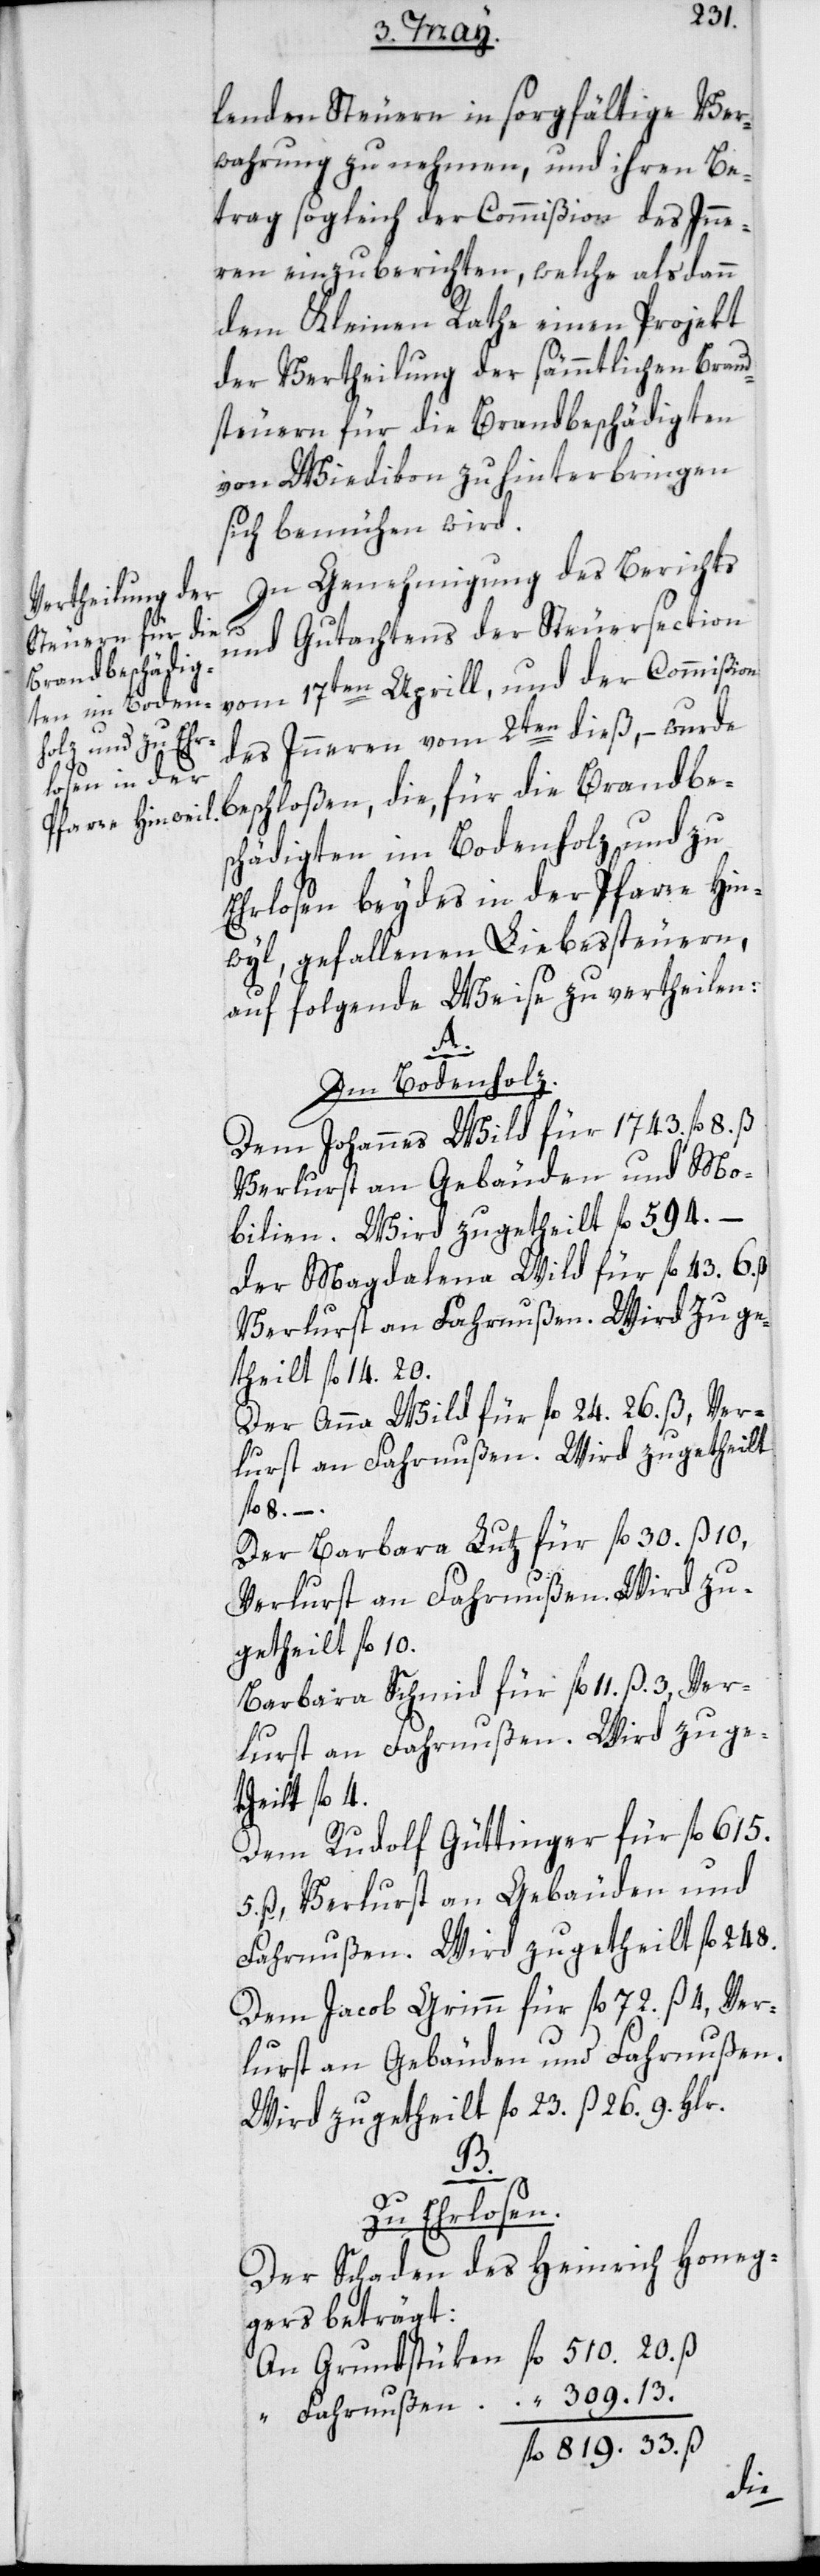
lenden Steuern in sorgfältige Ver¬
wahrung zu nehmen, und ihren Be¬
trag sogleich der Commißion des Inne¬
rn einzuberichten, welche alsdann
dem Kleinen Rathe einen Projekt
der Vertheilung der sämmtlichen Brand¬
steuern für die Brandbeschädigten
von Wiedikon zu hinterbringen
sich bemühen wird.
In Genehmigung des Berichts
fl.
und Gutachtens der Steuersection
vom 17ten Aprill, und der Commißion
des Innern vom 2ten dieß, – wurde
beschloßen, die für die Brandbe¬
schädigten im Bodenholz und zu
Ehrlosen beydes in der Pfarre Hin¬
wyl, gefallenen Liebessteuern,
auf folgende Weise zu vertheilen:
309.
Im Bodenholz.
Dem Johannes Wild für 1743. fl. 8.
Verlurst an Gebäuden und Fa¬
bilien. Wird zugetheilt fl. 594. –
der Magdalena Wild für fl. 43. 6.
Verlurst an Fahrnußen. Wird zuge¬
theilt fl. 14. 20.
Der Anna Wild für fl. 24 26. ß, Ver¬
lurst an Fahrnußen. Wird zugetheilt
fl. 8. –.
Der Barbara Lutz für fl. 30 fl. ß 10,
Verlurst an Fahrnußen. Wird zu¬
getheilt fl. 10.
Barbara Schmid für fl 11. ß. 3, Ver¬
lurst an Fahrnußen. Wird zuge¬
theilt fl. 4.
Dem Rudolf Güttinger für fl. 615.
hrnußen. Wird zugetheilt fl. 248.
Dem Jacob Grimm für fl. 72. ß 4, Ver¬
lurst an Gebäuden und Fahrnußen.
Wird zugetheilt fl. 23. ß 26. 9. Hlr.
33.
Zu Ehrlosen.
Der Schaden des Heinrich Honeg¬
gers beträgt:
Grundstüken
Fahrnußen